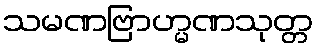
သမဏဗြာဟ္မဏသုတ္တ